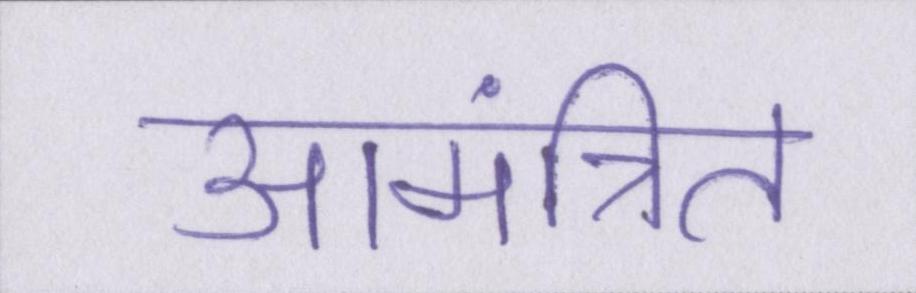
आमंत्रित